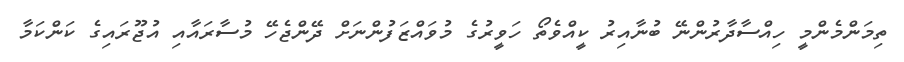
ތިމަންމެންމީ ހިއްސާދާރުންނޭ ބުނާއިރު ކީއްވެތޯ ހަވީރުގެ މުވައްޒަފުންނަށް ދޭންޖެހޭ މުސާރައާއި އުޖޫރައިގެ ކަންކަމާ